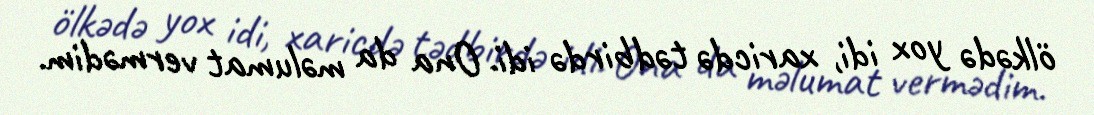
ölkədə yox idi, xaricdə tədbirdə idi. Ona da məlumat vermədim.